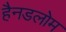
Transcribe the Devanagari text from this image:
हैनडलोम